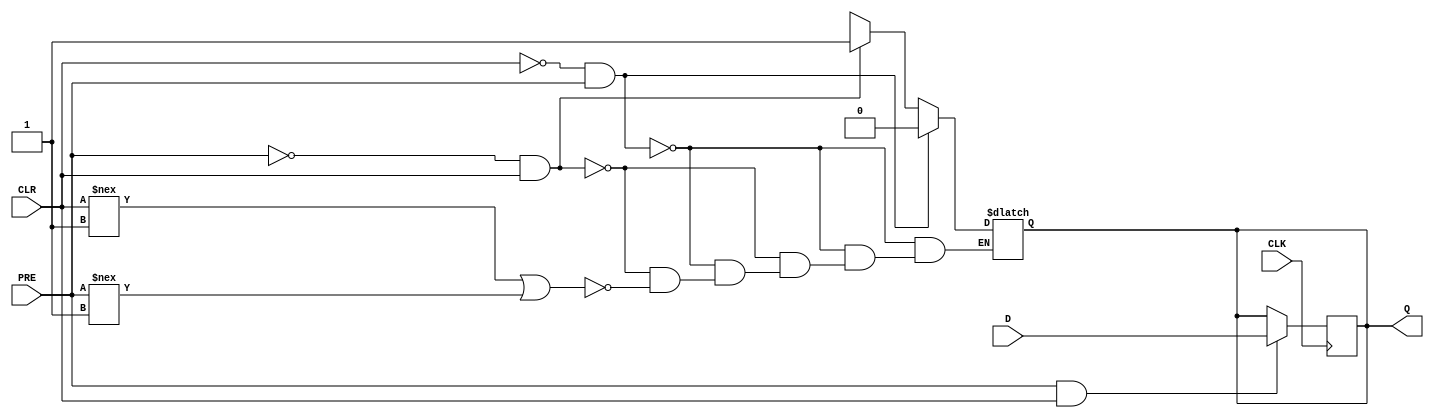
//------------------------------------------------------
// Copyright 1992, 1993 Cascade Design Automation Corporation.
//------------------------------------------------------
module dff_leaf_generic(CLK,CLR,D,PRE,Q);
  input  CLK;
  input  CLR;
  input  D;
  input  PRE;
  output  Q;
  reg  Q;
  always
    @(PRE or CLR)
      begin
      if(((CLR == 1'b0) && (PRE == 1'b1)))
        begin
        Q = 128'b0;
        end
      else      if(((PRE == 1'b0) && (CLR == 1'b1)))
        begin
        Q = ( ~ 128'b0);
        end
      else      if(((CLR !== 1'b1) || (PRE !== 1'b1)))
        begin
        Q = 128'bx;
        end
      end
  always
    @(posedge CLK)
      begin
      if(((PRE == 1'b1) && (CLR == 1'b1)))
        Q = D;
      end
endmodule